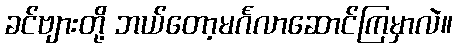
ခင်ဗျားတို့ ဘယ်တော့မင်္ဂလာဆောင်ကြမှာလဲ။